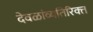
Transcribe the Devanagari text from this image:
देवळांव्यतिरिक्‍त